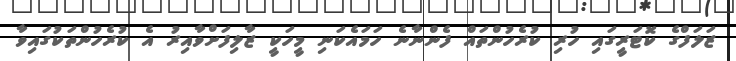
ޒަލަފްގެ ކޮޓަރީގައި ހުރި ކުރެހުންތައް ފެންނާނެ ހަމައެކަނި މީހަކީ ޒާލިފަށްވާއިރު އެ ކުރެހުންތަކުގައިވާ